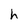
Character: h